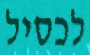
לכסיל